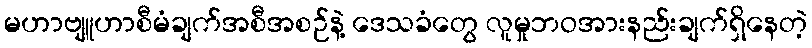
မဟာဗျူဟာစီမံချက်အစီအစဉ်နဲ့ ဒေသခံတွေ လူမှုဘဝအားနည်းချက်ရှိနေတဲ့